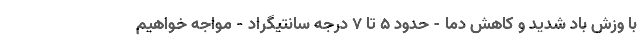
با وزش باد شدید و کاهش دما - حدود ۵ تا ۷ درجه سانتیگراد - مواجه خواهیم